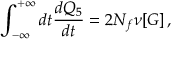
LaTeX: \int _ { - \infty } ^ { + \infty } d t { \frac { d Q _ { 5 } } { d t } } = 2 N _ { f } \nu [ G ] \, ,